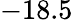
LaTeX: -18.5